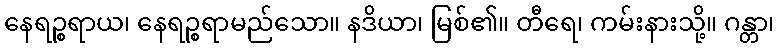
နေရဉ္စရာယ၊ နေရဉ္စရာမည်သော။ နဒိယာ၊ မြစ်၏။ တီရေ၊ ကမ်းနားသို့။ ဂန္တာ၊